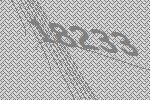
18233